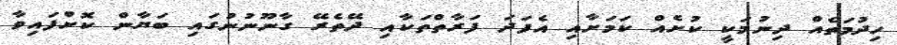
ހިދުމަތެއް ދިނުމަކީ ކުށެއް ކަމަށާއި އެފަދަ ފަރާތްތަކާއި ދޭތެރޭ ގާނޫނުނުގައި ބަޔާން ކޮށްފައިވާ